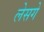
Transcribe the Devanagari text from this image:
लेसगे